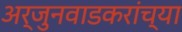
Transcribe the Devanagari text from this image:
अर्जुनवाडकरांच्या